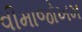
વીમાજોખમ